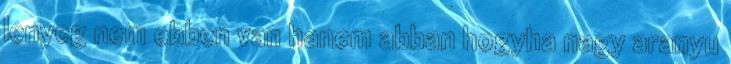
lenyeg nem ebben van hanem abban hogyha nagy aranyu